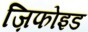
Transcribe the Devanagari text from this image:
ज़िफोइड